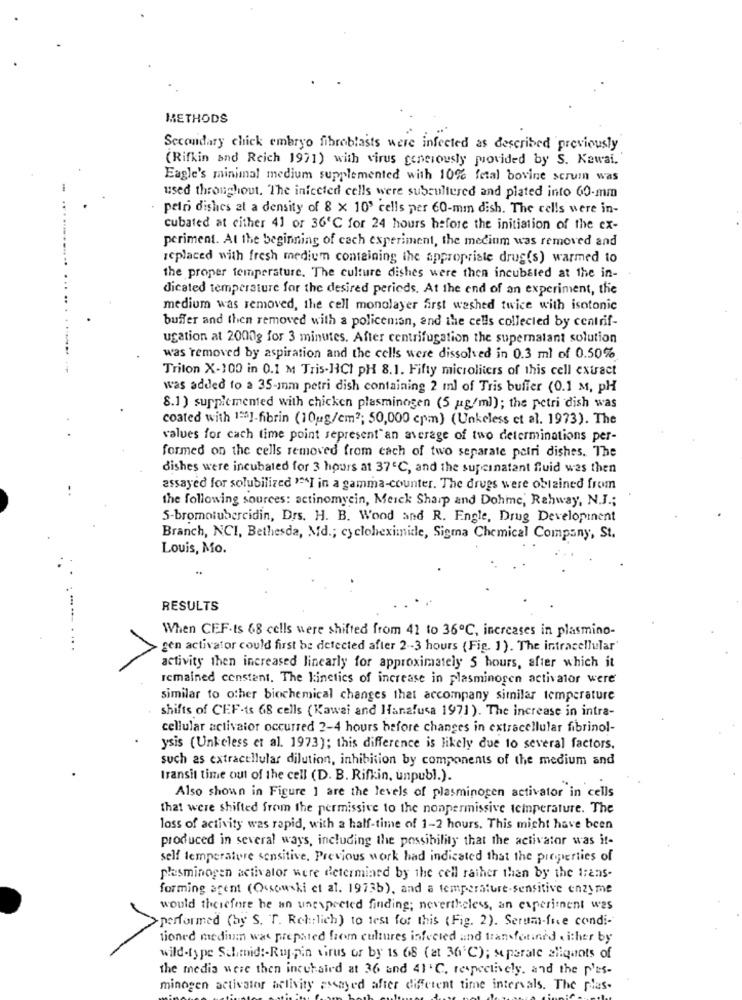
METHODS
Secondary chick embryo fibroblasts were infected as described previously
(Rifkin and Reich 1971) with virus generously provided by S. Kawai.
Eagle's minimal medium supplemented with 10% fetal bovine scrum was
used throughout. The infected cells were subcultured and plated into 60-mm
petri dishes at a density of 8 x 10' cells per 60-min dish. The cells were in-
cubated at either 41 or 36℃ for 24 hours before the initiation of the ex-
periment. At the beginning of cach experiment, the medium was removed and
replaced with fresh medium containing the appropriate drug(s) warmed to
the proper temperature. The culture dishes were then incubated at the in-
dicated temperature for the desired perieds. At the end of an experiment, the
medium was removed, the cell monolayer first washed twice with isotonic
buffer and then removed with a policeman, and the cells collected by centrif-
ucation at 2000g for 3 minutes. After centrifugation the supernatant solution
was removed by aspiration and the cells were dissolved in 0.3 ml of 0.50%
Triton X-100 in 0.1 M Tris-HCI PH 8.1. Fifty microliters of this cell extract
was added to a 35-mm petri dish containing 2 ml of Tris buffer (0.1 M, pH
8.1 ) supplemented with chicken plasminogen (5 mg/ml); the petri dish was
coated with 1 :* ]-fibrin (10ug/cm2; 50,000 cpm) (Unkeless et al. 1973). The
values for cach time point sepresent"an average of two determinations per-
formed on the cells removed from cach of two separate petri dishes. The
dishes were incubated for 3 hours at 37℃, and the supcinatant fluid was then
assayed for solubilized "^^I in a gamma-counter. The drugs were obtained from
the following sources: actinomycin, Merck Sharp and Dohme, Rahway, N.J .;
5-bromotubercidin, Drs. H. B. Wood and R. Engle, Drug Developinent
Branch, NCI, Bethesda, Md .; cycloheximide, Sigma Chemical Company, St.
Louis, Mo.
RESULTS
......
When CEF-ts 68 cells were shifted from 41 to 36℃, increases in plasmino-
....
gen activator could first be detected after 2 -- 3 hours (Fig. 1). The intracellular'
activity then increased linearly for approximately 5 hours, after which it
remained constant. The kinetics of increase in plasminogen activator were
similar to other biochemical changes that accompany similar temperature
shifts of CEF-ts 68 cells (Kawai and Hanalusa 1971). The increase in intra-
cellular activator occurred 2-4 hours before changes in extracellular fibrinol-
ysis (Unkeless et al. 1973); this difference is likely due to several factors.
such as extracellular dilution, inhibition by components of the medium and
transit time out of the cell (D. B. Rifkin, unpubl.).
Also shown in Figure 1 are the levels of plasminogen activator in cells
that were shifted from the permissive to the nonpermissive temperature. The
loss of activity was rapid, with a half-time of 1-2 hours. This might have been
produced in several ways, including the possibility that the activator was it-
self temperature sensitive, Previous work had indicated that the properties of
plasminogen activator were determined by the cell rather than by the trans-
forming agent (Ossowski et al. 1973b), and a temperature-sensitive enzyme
would therefore be an unexpected finding; nevertheless, an experiment was
>performed (by S. T. Ret: lich) to test for this (Fig. 2). Serum-fice condi-
tioned medium was prepared from cultures infected and transformed either by
wild.type Schmid :- Ruppin virus or by ts 68 (at 36 ℃); seperate aliquots of
the media were then incubaird at 36 and 41'℃, respectively. and the p'es-
minogen activator activity assayed after different time intervals. The plas-